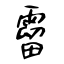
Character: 霤